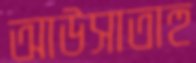
আউসাতাহু